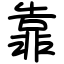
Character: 靠